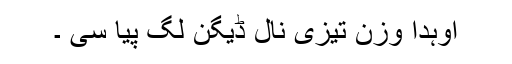
اوہدا وزن تیزی نال ڈیگن لگ پیا سی ۔